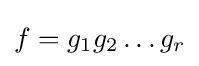
f=g_{1}g_{2}\dots g_{r}